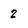
Character: 2